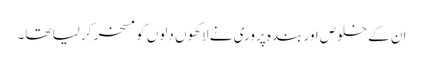
ان کے خلوص اور بندہ پروری نے لاکھوں دلوں کو مسخر کر لیا تھا۔